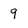
Character: 9